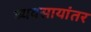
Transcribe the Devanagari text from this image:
व्यवसायांतर